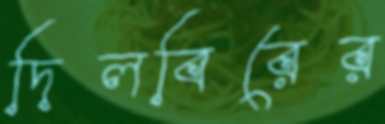
দিলবিরের